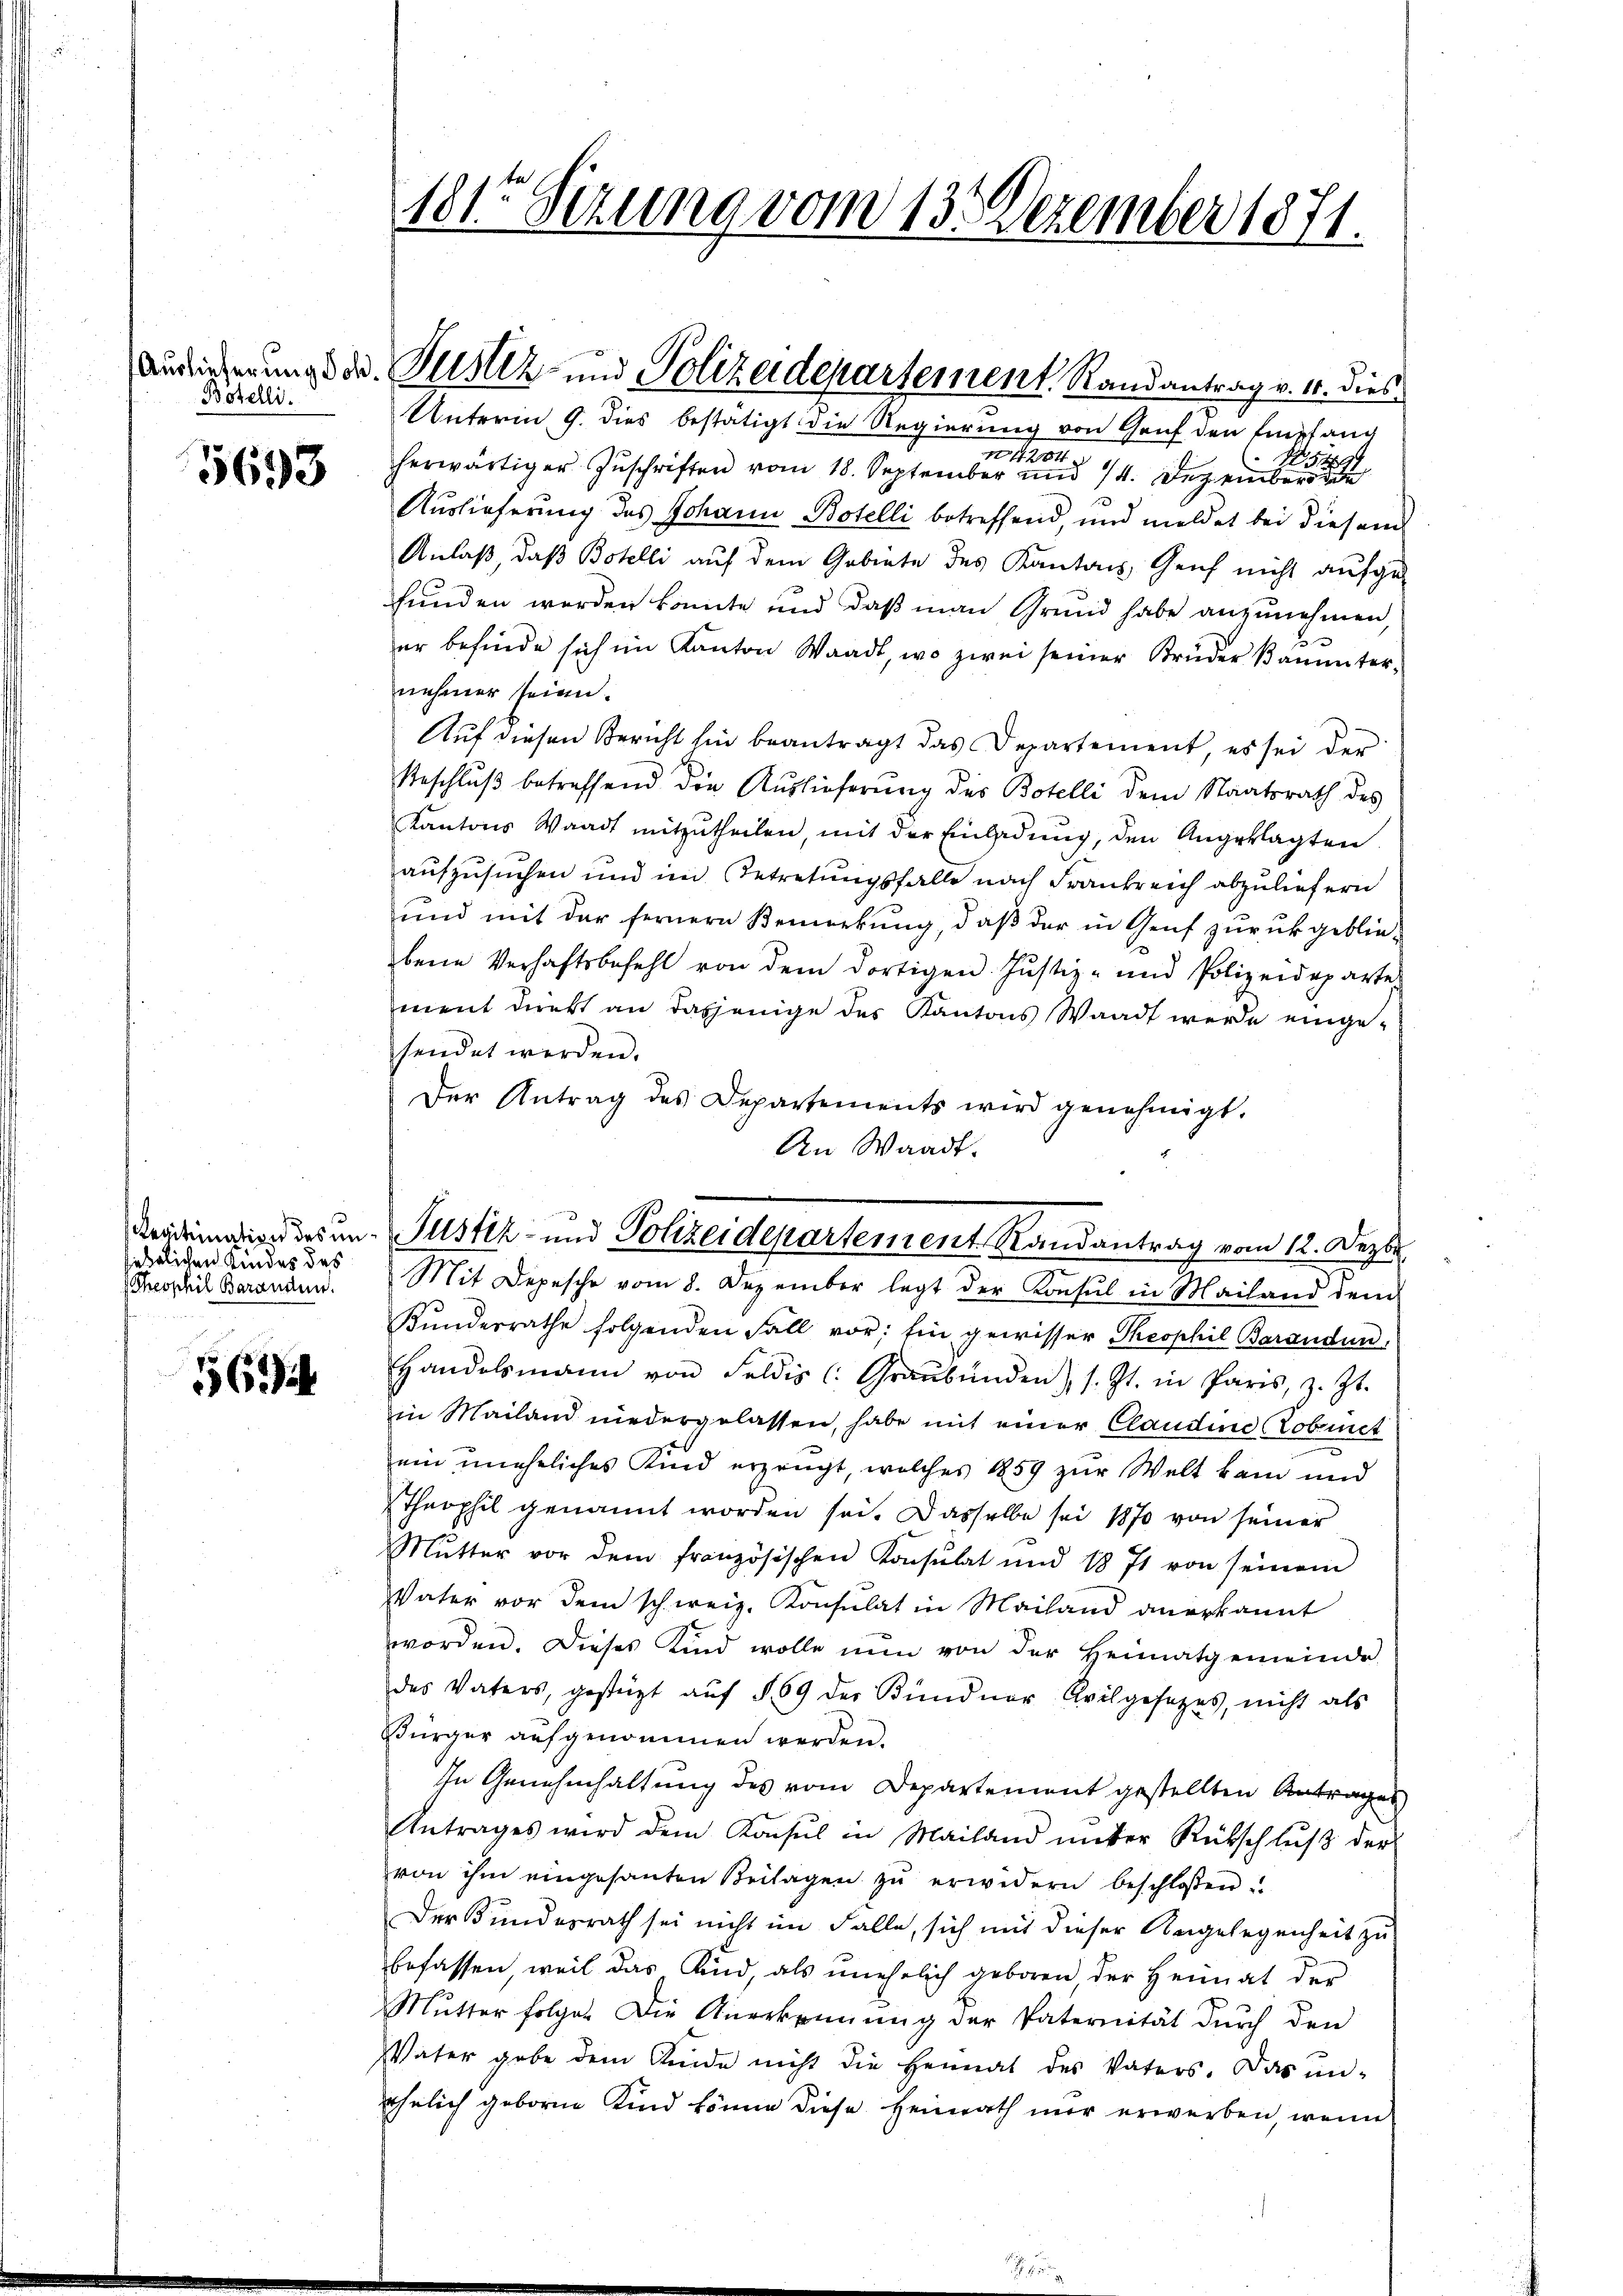
Borelli

5693

Legitimation des un
jeßlichen Kindes des
Theophil Baranden.

56

181ten Sizung vom 13. Dezember 1871.

Auslieferung der Justiz- und Polizeidepartement. Randantrag v. 4. dies

Justiz- und Polizeidepartement Randantrag vom 12. Dezbr.

Unterm 9. dies bestätigt die Regierung von Gruf den Empfang
4204
herwärtiger Zuschriften vom 18. September und 14. Dezember
Auslieferung des Johann Botelli betreffend, und meldet bei diesem
Anlaß, daß Botelli auf dem Gebiete des Kantons Geich nicht aufge-
funden werden könnte und daß man Grund habe anzunehmen,
er befinde sich im Kanton Waadt, wo zwei seiner Brüder kannter-
nehmer seien.
Auf diesen Bericht hin beantragt das Departement, es sei der
Beschluß betreffend die Auslieferung des Botelli dem Staatsrath des
Kantons Waadt mitzutheilen, mit der Einladung, den Angeklagten
aufzusuchen und im Betretungsfalle nach Frankreich abzuliefern
und mit der fernern Bemerkŭng, daβ der in Genf zurückgeblie-
bene Verhaftsbefehl von dem dortigen Justiz- und Polizeideparte
ment direkt an dasjenige des Kantons Waadt werde einge-
sendet werden.
Der Antrag des Departements wird genehmigt.
An Waadt.
Mit Depesche vom 8. Dezember legt der Konsul in Mailand dem
Kŭndesrathe folgenden Fall vor; Ein gewisser Theophil Barandun
Handelsmann von Feldis (Graubünden), s. Zt. in Paris, z. Zt.
in Mailand niedergelassen, habe mit einer Claudine Cobinet
ein uneheliches Kind erzeugt, welches 1859 zur Welt kam und
Theophil genannt worden sei. Dasselbe sei 1870 von seiner
Mŭtter vor dem französischen Konsulat und 1871 von seinem
Vater vor dem schweiz. Konsulat in Mailand anerkannt
worden. Dieses Kind wolle nun von der Heimatgemeinde
des Vaters, gestüzt aŭf § 59 der Kündner Avilgesetzes, nicht als
Bürger aufgenommen werden.
In Genehmhaltung des vom Departement gestellten Antrages
Antrages wird dem Konsul in Mailand ŭnter Rückschlŭβ der
von ihm eingesanten Beilagen zŭ erwidern beschlossen.
Der Bundesrath sei nicht im Falle, sich mit dieser Angelegenheit zu
befassen, weil das Kind, als unehelich geboren der Heimat der
Mŭtter folget die Anerkennung der Paternität dŭrch den
VVater gebe dem Ende nicht die Heimat des Vaters. Das ŭn-
ähnlich geboren Kind könne diese Heimath mir erwerben, wenn